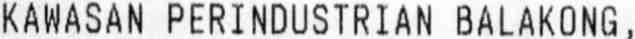
KAWASAN PERINDUSTRIAN BALAKONG,